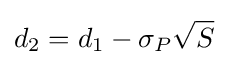
d_{2}=d_{1}-\sigma _{P}{\sqrt {S}}